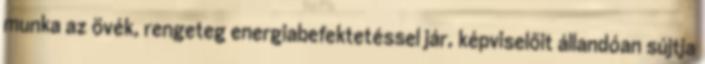
munka az övék, rengeteg energiabefektetéssel jár, képviselőit állandóan sújtja